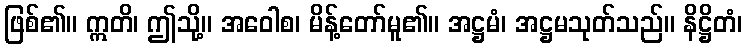
ဖြစ်၏။ ဣတိ၊ ဤသို့။ အဝေါစ၊ မိန့်တော်မူ၏။ အဋ္ဌမံ၊ အဋ္ဌမသုတ်သည်။ နိဋ္ဌိတံ၊